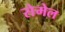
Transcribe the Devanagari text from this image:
सेमेल